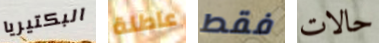
البكتيريا عاطلة فقط حالات